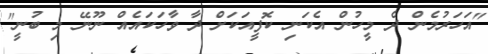
"އަހަރުމެން ދެ މީހުން އެކަނި ކޮފީއަކަށް ދާ ވާހަކައެއް ނޫނޭ މި ބުނީ"